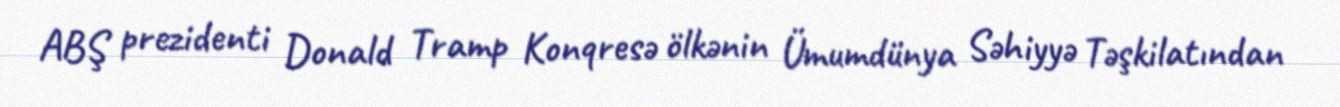
ABŞ prezidenti Donald Tramp Konqresə ölkənin Ümumdünya Səhiyyə Təşkilatından